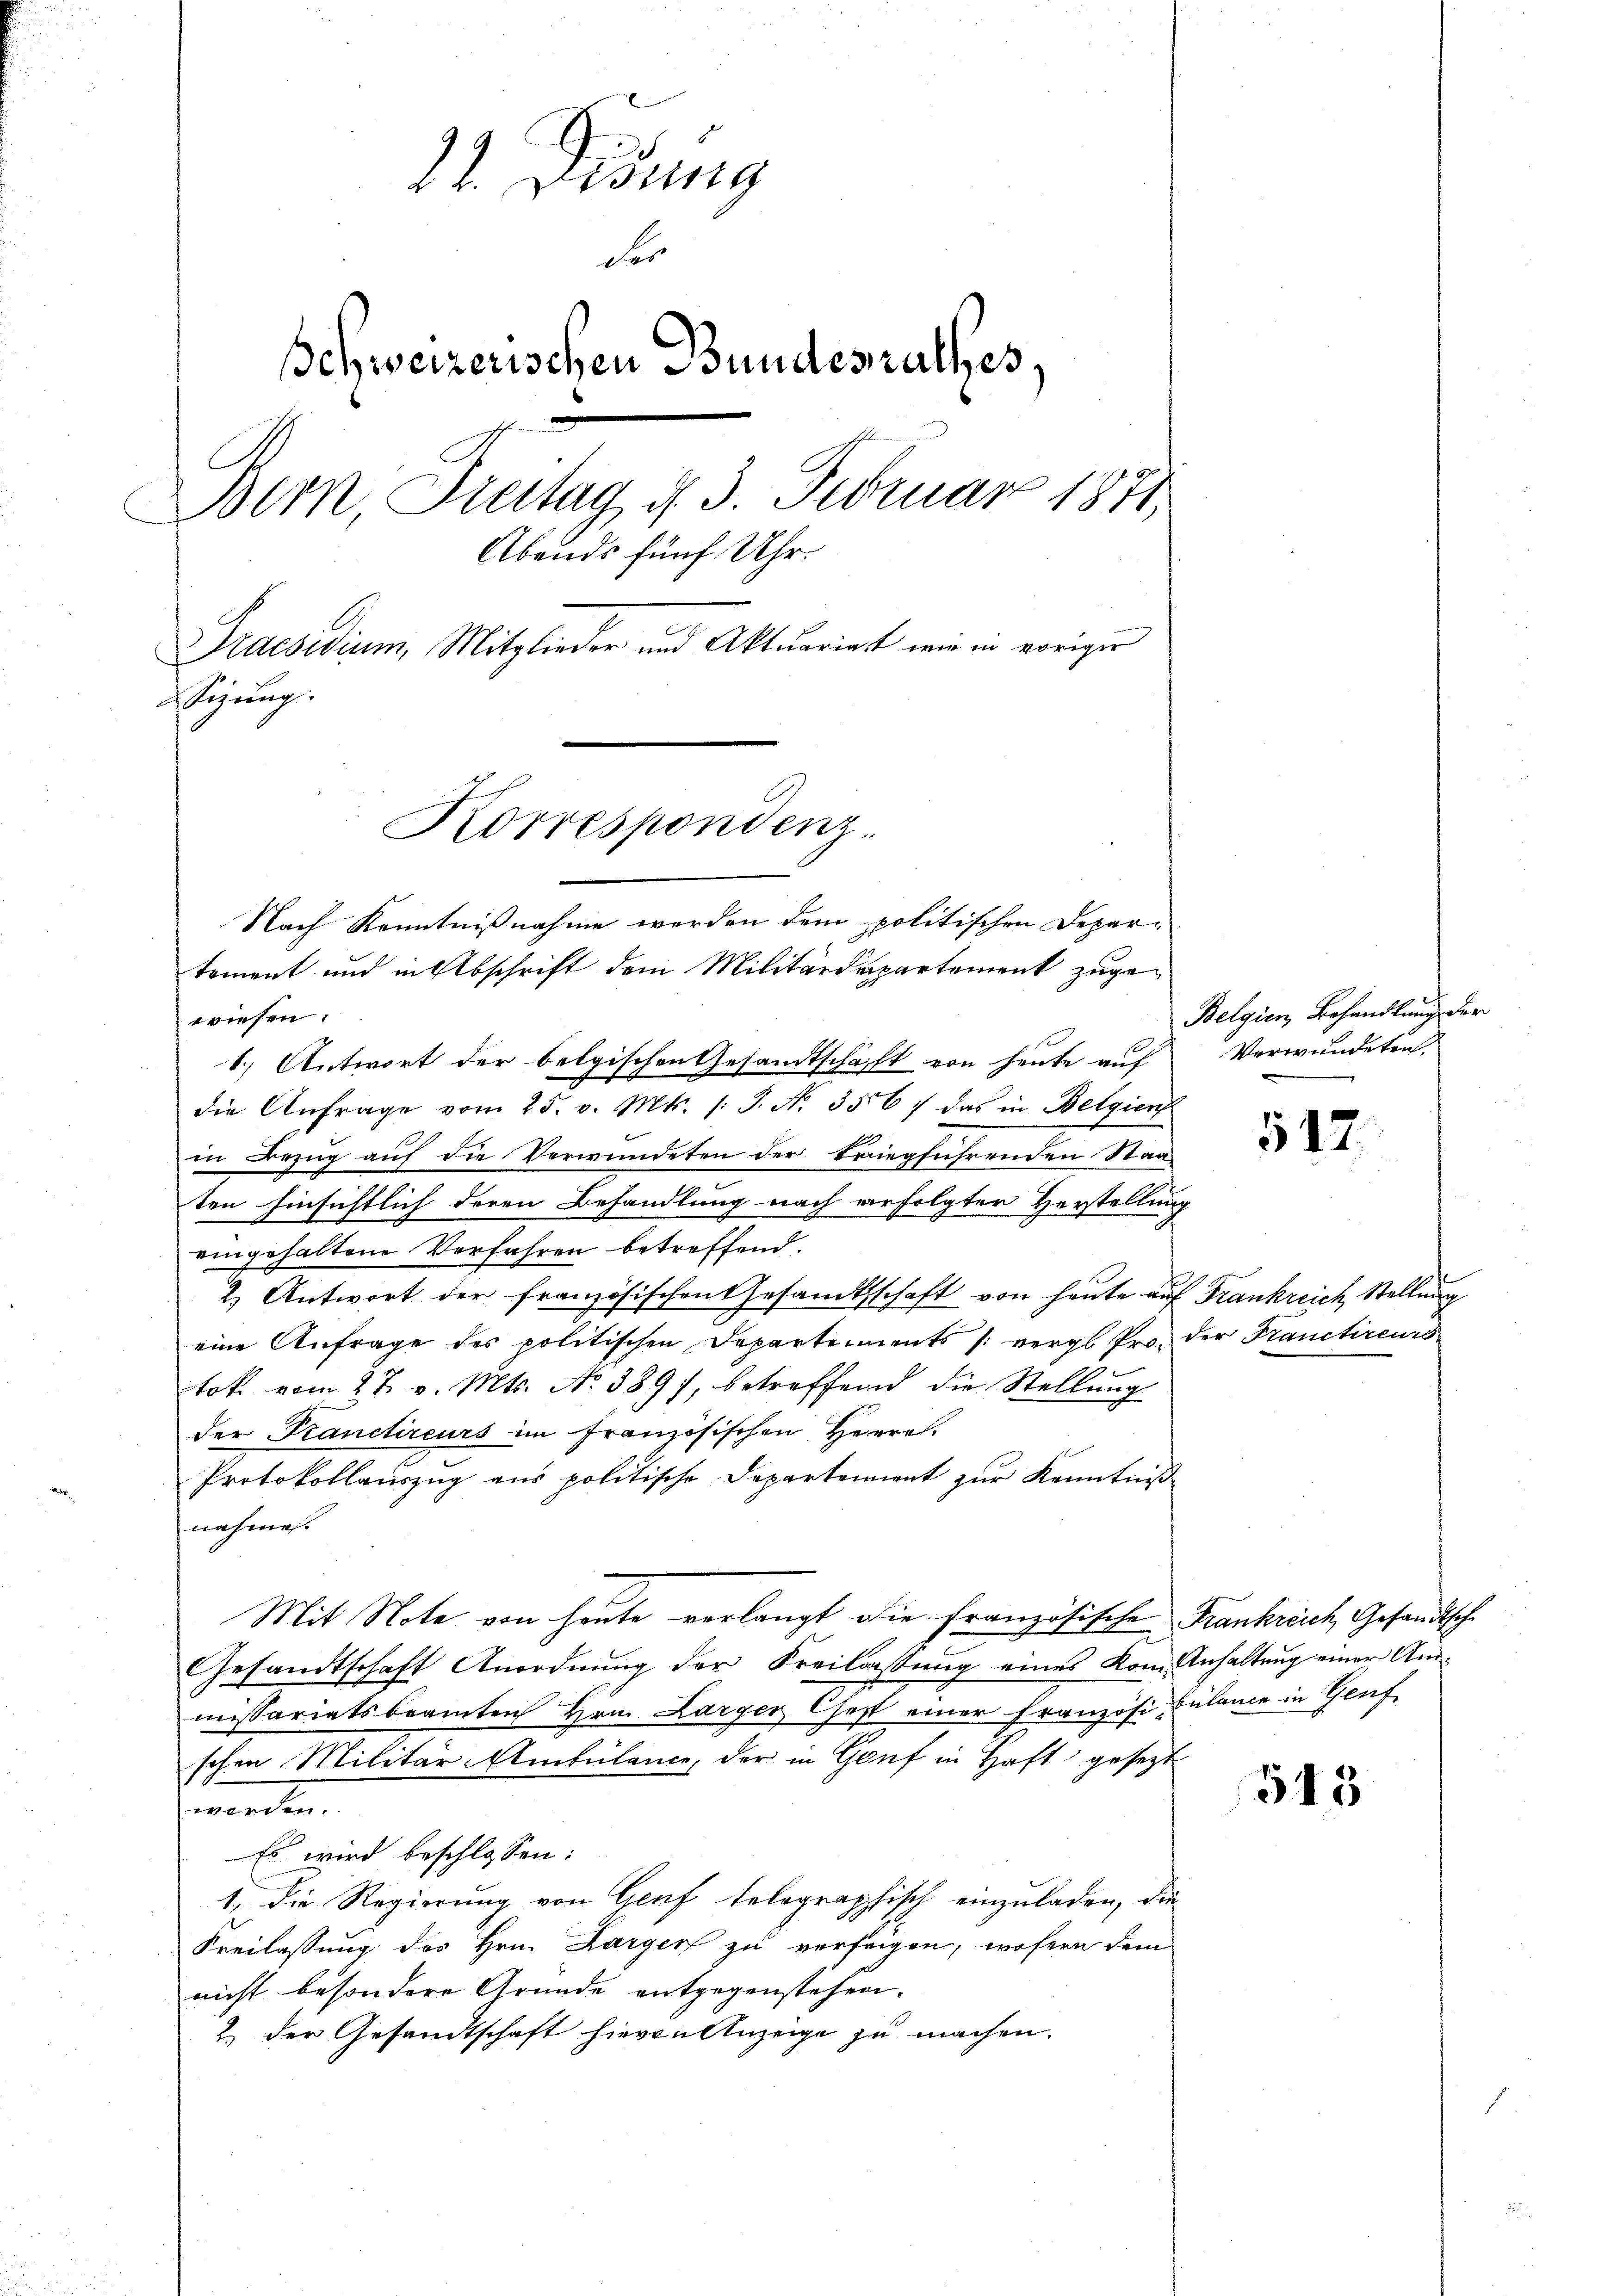
22. Didung
der
schweizerischen Bundesrathes,
Bern, Freitag d. 3. Februar 1871
Abends fünf Uhr.
Praesidium, Mitglieder und Aktuariat wie in voriger
sizung.

Korrespondenz.

Nach Kenntnißnahme werden dem politischen Departement und in Abschrift dem Militärdepartement zugewiesen:
1.) Antwort der belgischen Gesandtschaft von heute auf
die Anfrage vom 25. v. Mts. /: J. N. 356) das in Belgien
N
in Bezug auf die Verwundeten der triegführenden Staaten hinsichtlich deren Behandlung nach erfolgter Herstellung
eingehaltene Verfahren betreffend.
2. Antwort der französischentesandtschaft von heute auf Frankreich Stellung
eine Anfrage des politischen Departements /: vergl. Pro der Franctireurs
tok vom 27. v. Mts. No 389), betreffend die Stellung
der Kranctireurs im französischen Herre
Protokollauszug aus politische Departement zur Kenntniß
nahme.
Mit Note von heute verlangt die Französische Frankreich Gesandtsche
Gesandtschaft Anordnung der Freilassung eines Kom-Anhaltung einer Anmissariatsbeamten Hrn. Larger Gest einer Französi-Eulance in Genf
schen Militär-Ambülance, der in Genf in Haft gesetzt
werden.
Es wird beschlossen:
1. Die Regierung von Genf telegraphisch einzuladen, die
Freilassung des Hrn. Darger zu verfeigen, wofern dem
nicht besondere Gründe entgegenstehen.
2 der Gesandtschaft hievon Anzeige zu machen.

Belgien, Behandlung der
Verwundeten.

517

545